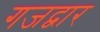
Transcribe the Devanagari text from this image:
गजद्वार